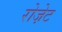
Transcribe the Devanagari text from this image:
रोजे़ट